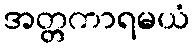
အတ္တကာရမယံ